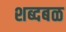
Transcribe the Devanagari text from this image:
शब्दबळ